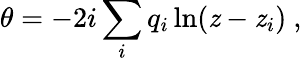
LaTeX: \theta=-2i\sum_{i}q_{i}\ln(\mathit{z}-\mathit{z}_{i})\ ,